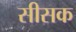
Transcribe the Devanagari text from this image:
सीसक